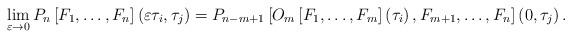
LaTeX: \begin{align*}\lim_{\varepsilon \rightarrow 0}P_{n}\left[ F_{1}, \dots, F_{n}\right]\left( \varepsilon \tau _{i},\tau _{j}\right) =P_{n-m+1}\left[ O_{m}\left[F_{1}, \dots, F_{m}\right] \left( \tau _{i}\right), F_{m+1}, \dots, F_{n} \right] \left( 0,\tau _{j}\right) .\end{align*}